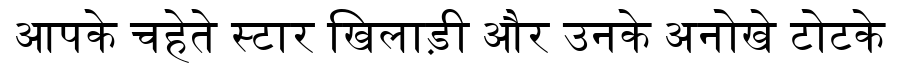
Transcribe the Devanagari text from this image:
आपके चहेते स्टार खिलाड़ी और उनके अनोखे टोटके